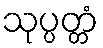
သုပ္ပတ္တံ